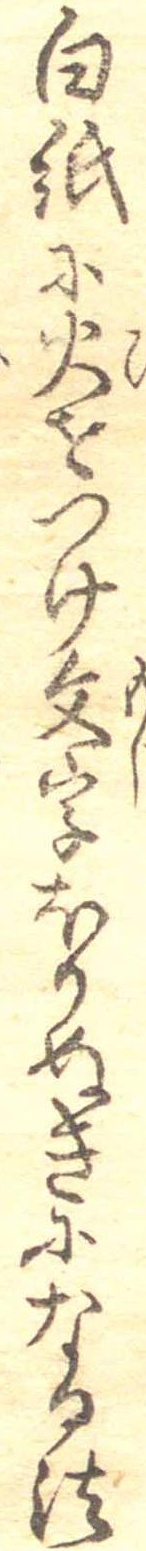
白紙に火をつけ文字ほりぬきになる法